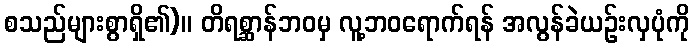
စသည်များစွာရှိ၏)။ တိရစ္ဆာန်ဘဝမှ လူ့ဘဝရောက်ရန် အလွန်ခဲယဉ်းလှပုံကို